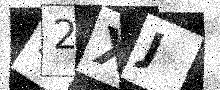
Text: 92XJ